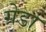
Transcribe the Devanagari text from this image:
ग्रेडा